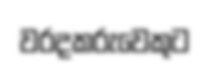
වරදකරුවෙකුට